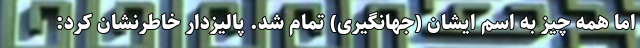
اما همه چیز به اسم ایشان (جهانگیری) تمام شد. پالیزدار خاطرنشان کرد: